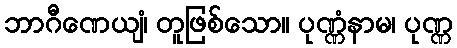
ဘာဂီဏေယျံ၊ တူဖြစ်သော။ ပုဏ္ဏံနာမ၊ ပုဏ္ဏ